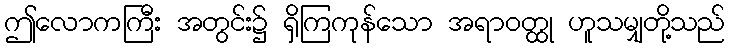
ဤလောကကြီး အတွင်း၌ ရှိကြကုန်သော အရာဝတ္ထု ဟူသမျှတို့သည်